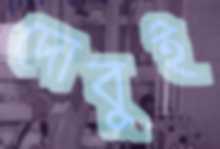
দোবুই